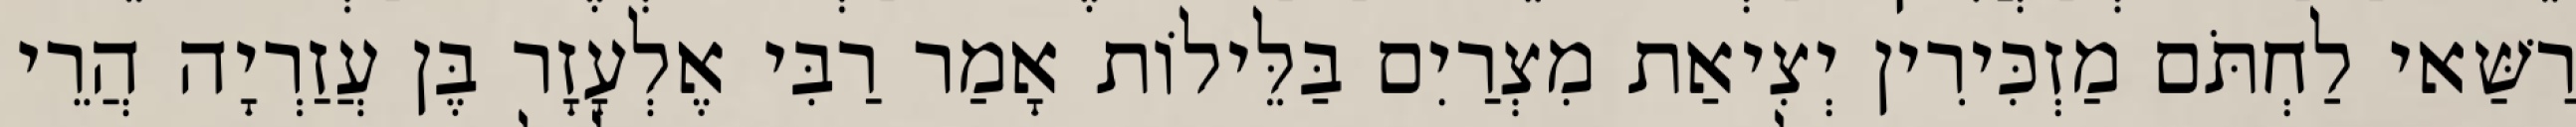
רַשַּׁאי לַחְתֹּם מַזְכִּירִין יְצִיאַת מִצְרַיִם בַּלֵּילוֹת אָמַר רַבִּי אֶלְעָזָר בֶּן עֲזַרְיָה הֲרֵי